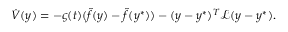
\dot { V } ( y ) = - \varsigma ( t ) ( \tilde { f } ( y ) - \tilde { f } ( y ^ { * } ) ) - ( y - y ^ { * } ) ^ { T } \mathcal { L } ( y - y ^ { * } ) .